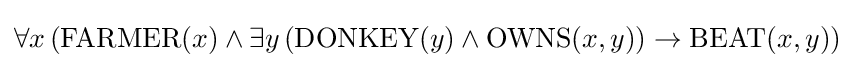
\forall x\,({\text{FARMER}}(x)\land \exists y\,({\text{DONKEY}}(y)\land {\text{OWNS}}(x,y))\rightarrow {\text{BEAT}}(x,y))